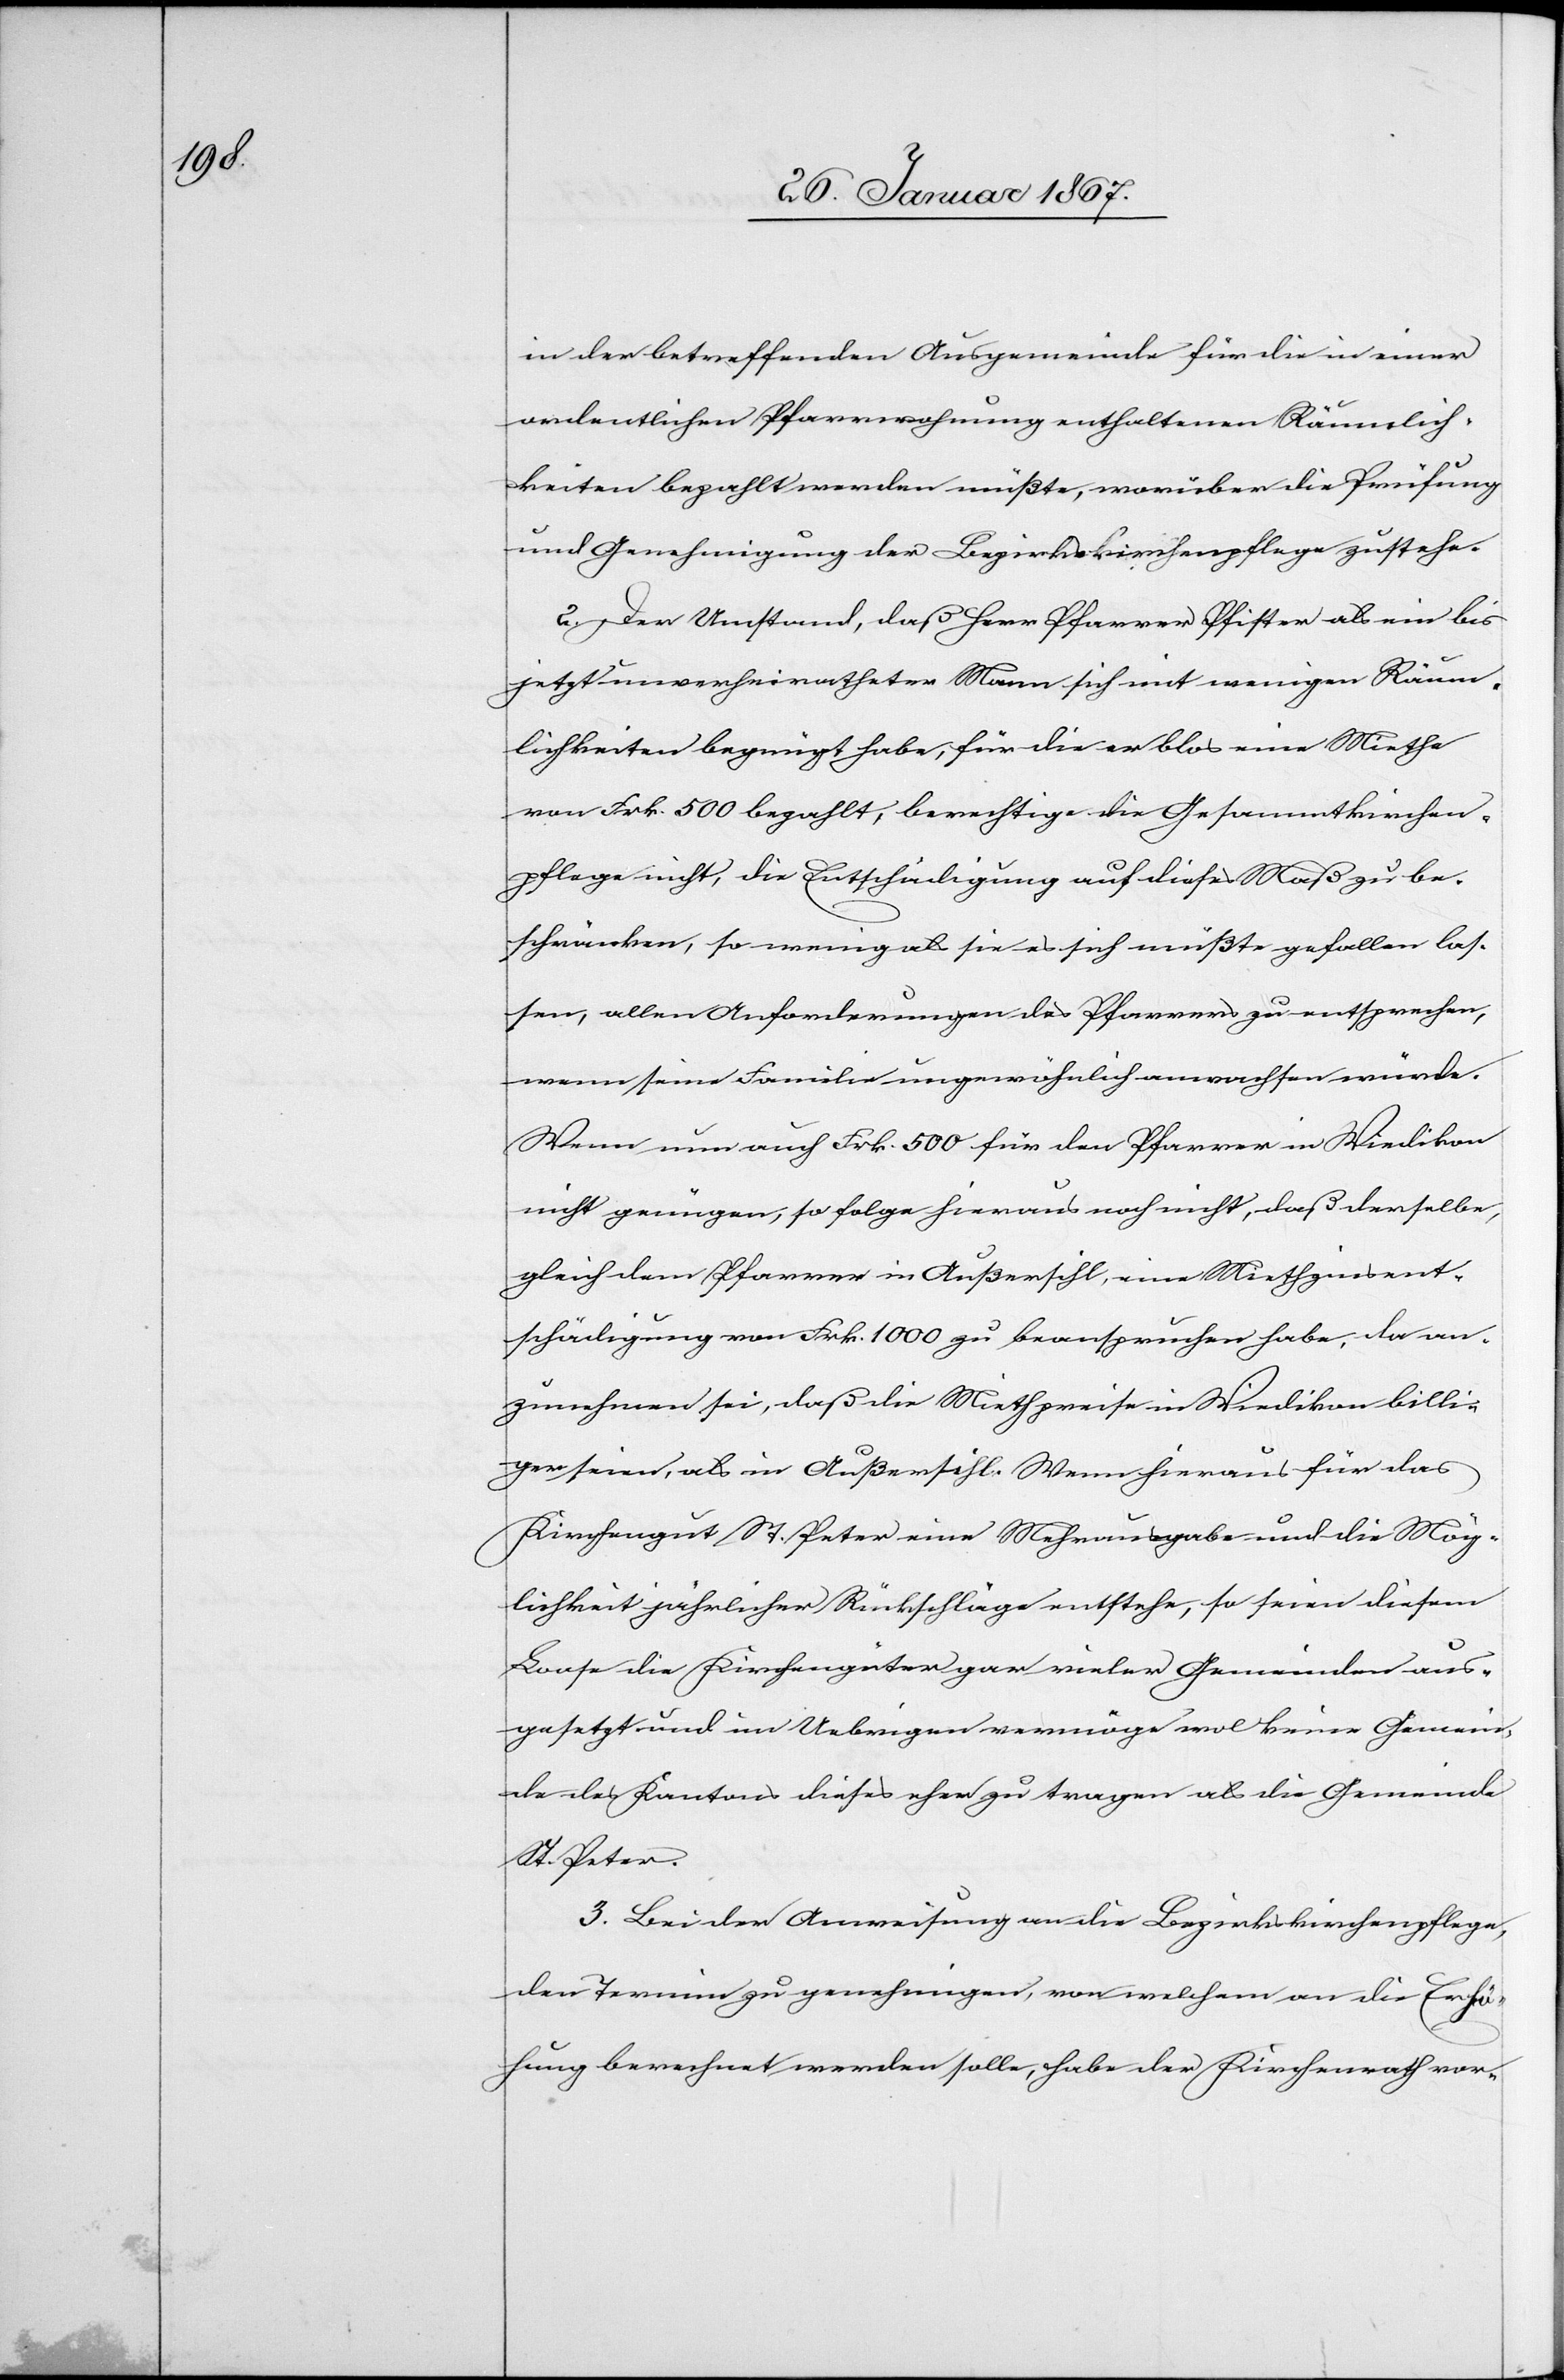
in der betreffenden Ausgemeinde für die in einer
ordentlichen Pfarrwohnung enthaltenen Räumlich¬
keiten bezahlt werden müßte, worüber die Prüfung
und Genehmigung der Bezirkskirchenpflege zustehe.
2. Der Umstand, daß Herr Pfarrer Pfister als ein bis
jetzt unverheiratheter Mann sich mit wenigen Räum¬
lichkeiten begnügt habe, für die er blos eine Miethe
von Frk. 500 bezahlt, berechtige die Gesammtkirchen¬
pflege nicht, die Entschädigung auf dieses Maß zu be¬
schränken, so wenig als sie es sich müßte gefallen las¬
sen, allen Anforderungen des Pfarrers zu entsprechen,
wenn seine Familie ungewöhnlich anwachsen würde.
Wenn nun auch Frk. 500 für den Pfarrer in Wiedikon
nicht genügen, so folge hieraus noch nicht, daß derselbe,
gleich dem Pfarrer in Außersihl, eine Miethzinsent¬
schädigung von Frk. 100 zu beanspruchen habe, da an¬
zunehmen sei, daß die Miethpreise in Wiedikon billi¬
ger seien, als in Außersihl. Wenn hieraus für das
Kirchengut St. Peter eine Mehrausgabe und die Mög¬
lichkeit jährlicher Rückschläge entstehe, so seien diesem
Loose die Kirchengüter gar vieler Gemeinden aus¬
gesetzt und im Uebrigen vermöge wol keine Gemein¬
de des Kantons dieses eher zu tragen als die Gemeinde
St. Peter.
3. Bei der Anweisung an die Bezirkskirchenpflege,
den Termin zu genehmigen, von welchem an die Erhö¬
hung berechnet werden solle, habe der Kirchenrath vor-